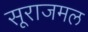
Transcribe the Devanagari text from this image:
सूराजमल